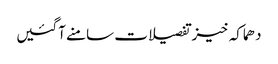
دھماکہ خیز تفصیلات سامنے آگئیں